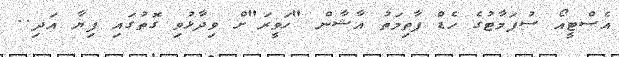
އެސްޓީއޯ ސުޕަމާޓުގެ ހެޑް ފާތިމަތު އާޝާން "ހަވީރަ"ށް ވިދާޅުވި ގޮތުގައި ފިޔާ އަދި..